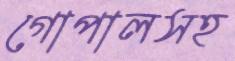
গোপালসহ